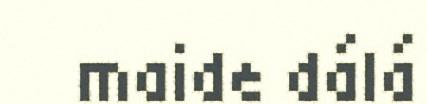
maide dálá